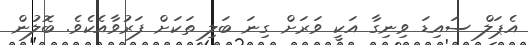
އެޕަލް ސައިޑަ ވިނިގާ އަކީ ވަރަށް ގިނަ ބަލި ތަކަށް ފަރުވާއެކެވެ. ބޮލުން